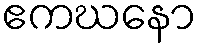
ဧကဃနော